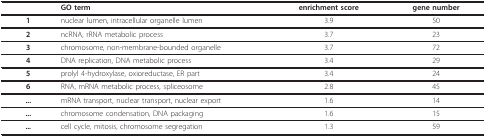
|  | GO term | enrichment score | gene number |
 | --- | --- | --- | --- |
 | 1 | nuclear lumen, intracellular organelle lumen | 3.9 | 50 |
 | 2 | ncRNA, rRNA metabolic process | 3.7 | 23 |
 | 3 | chromosome, non-membrane-bounded organelle | 3.7 | 72 |
 | 4 | DNA replication, DNA metabolic process | 3.4 | 29 |
 | 5 | prolyl 4-hydroxylase, oxioreductase, ER part | 3.4 | 24 |
 | 6 | RNA, mRNA metabolic process, spliceosome | 2.8 | 45 |
 | ... | mRNA transport, nuclear transport, nuclear export | 1.6 | 14 |
 | ... | chromosome condensation, DNA packaging | 1.6 | 15 |
 | ... | cell cycle, mitosis, chromosome segregation | 1.3 | 59 |